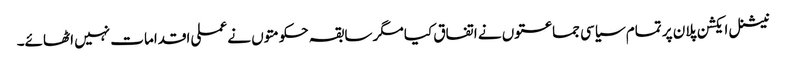
نیشنل ایکشن پلان پر تمام سیاسی جماعتوں نے اتفاق کیا مگر سابقہ حکومتوں نے عملی اقدامات نہیں اٹھائے۔